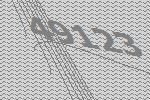
49123